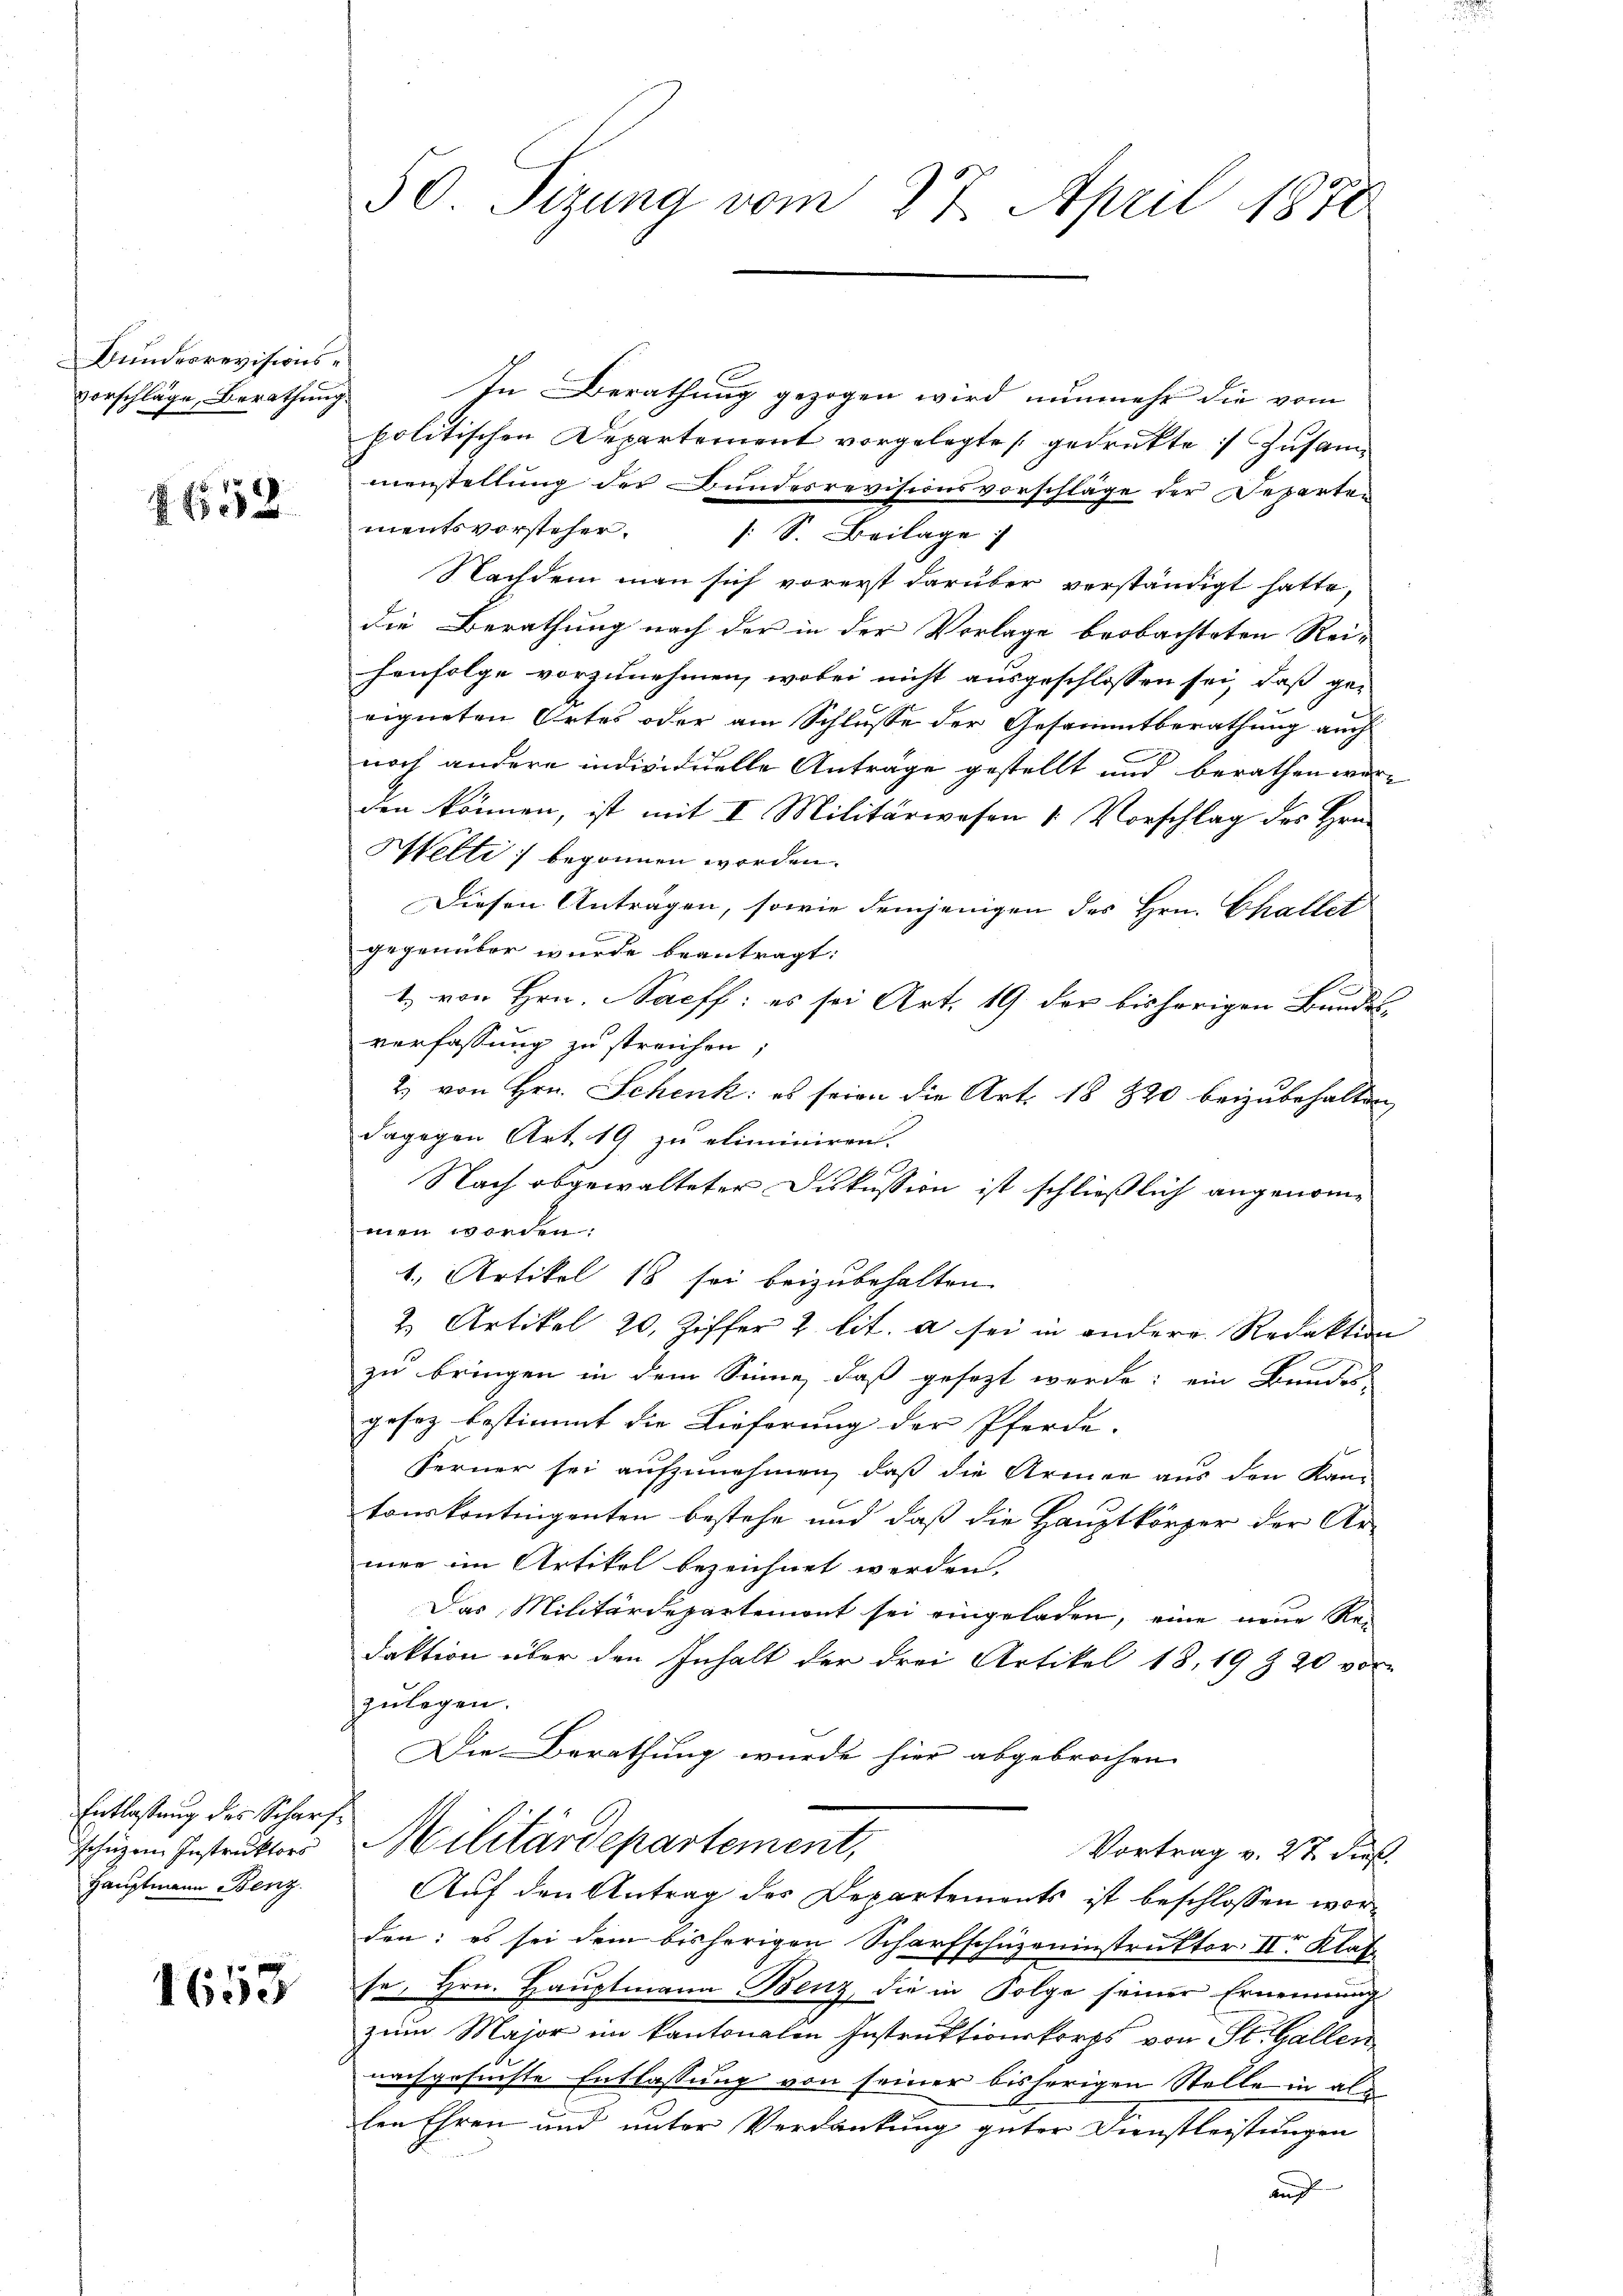
Bunderrevisionsvorschläge, Berathung.

1658

Entlassung des Scharfschüzen Instruktors
Hauptmann Benz.

1653

50. Sizung vom 27. April 1870

In Berathung gezogen wird nunmehr die vom
politischen Departement vorgelegte gedrukte Zusammenstellung der Bundesrevisionsvorschläge der Reparten
mentsvorsteher. (S. Beilage
Nachdem man sich vorerst darüber verständigt hatte,
die Berathung nach der in der Vorlage beobachteten Rei-
henfolge vorzunehmen, wobei nicht ausgeschlossen sei, daß ge-
eigneten Ortes oder am Schlusse der Gesammtberathung auch
noch andere individuelle Anträge gestellt und berathen wer-
den können, ist mit I Militärwesen (: Vorschlag des Hrn.
Welti begonnen worden.
Diesen Anträgen, sowie demjenigen des Hrn. Challet
gegenüber wurde beantragt:
1. von Hrn. Sacff: es sei Art. 19. der bisherigen Bundes-
verfassung zu streichen,
2) von Hrn. Schenk: es seien die Art. 18 820 beizubehalten
dagegen Art. 19 zu eliminiren.
Nach abgewalteter Diskussion ist schließlich angenommen worden:
1., Artikel 18 sei beizubehalten.
2. Artikel 20. Ziffer 2 lit. a sei in andere Redaktion
zu bringen in dem Sinne, daß gesezt werde; ein Bundes-
gesez bestimmt die Lieferung der Pferde.
Ferner sei aufzunehmen, daß die Armee aus den Kan-
tonskontingenten bestehe und daß die Hauptkörper der Ar-
mer im Artikel bezeichnet werden.
Das Militärdepartemont sei eingeladen, eine neue Rei
daktion über den Inhalt der drei Artikel 18, 19 & 20 vor-
zulegen.
Die Berathung wurde hier abgebrochen |
Militärdepartement,
Vortrag v. 27. dieß.
Auf den Antrag des Departements ist beschlossen worden: es sei dem bisherigen Scharfschüzeninstruktor II Klafse, Hrn. Hauptmann Benz, die in Folge seiner Ernennung
zum Major im kantonalen Instruktionskorps von St. Gallen
nachgesuchte Entlassung von seiner bisherigen Stelle in als
len Ehren und unter Verdankung guter Dienstleistungen
and